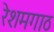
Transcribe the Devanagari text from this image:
रेशमगाठ